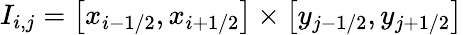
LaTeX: I_{i,j}=\left[x_{i-1/2},x_{i+1/2}\right]\times\left[y_{j-1/2},y_{j+1/2}\right]